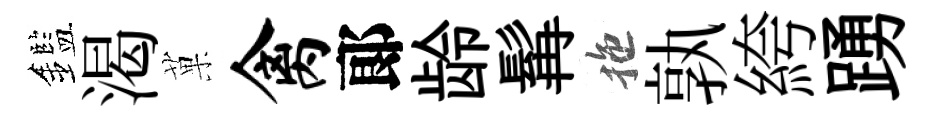
鑑渴菓禽郞龄髯拖孰絝踴